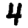
Digit: 4